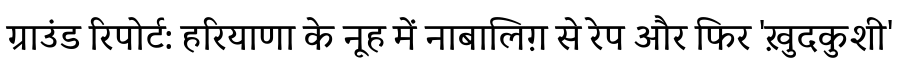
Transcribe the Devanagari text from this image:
ग्राउंड रिपोर्ट: हरियाणा के नूह में नाबालिग़ से रेप और फिर 'ख़ुदकुशी'